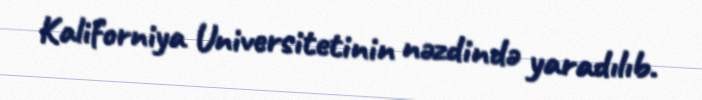
Kaliforniya Universitetinin nəzdində yaradılıb.